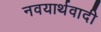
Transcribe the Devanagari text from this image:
नवयार्थवादी